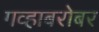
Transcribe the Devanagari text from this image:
गव्हाबरोबर